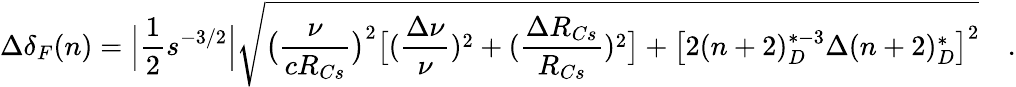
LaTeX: \Delta\delta_{F}(n)=\Big|\frac{1}{2}s^{-3/2}\Big|\sqrt{\big(\frac{\nu}{cR_{Cs}}\big)^{2}\big[(\frac{\Delta\nu}{\nu})^{2}+(\frac{\Delta R_{Cs}}{R_{Cs}})^{2}\big]+\big[2(n+2)_{D}^{*-3}\Delta(n+2)_{D}^{*}\big]^{2}}\quad.